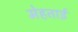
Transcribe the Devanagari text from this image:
मेहताई